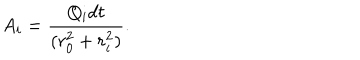
A _ { i } = \frac { Q _ { i } d t } { ( r _ { 0 } ^ { 2 } + r _ { i } ^ { 2 } ) } .